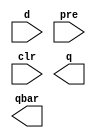
module clockDLatch_A(input d,pre,clr,output q,qbar);

endmodule